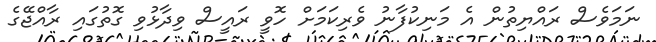
ނަމަވެސް ރައްޔިތުން އެ މަނިކުފާނު ވެރިކަމަށް ހޮވީ ރައީސް ވިދާޅުވި ގޮތުގައި ރާއްޖޭގެ